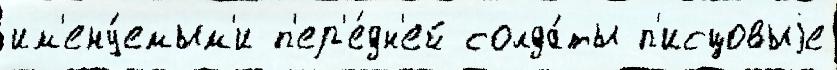
им'ену́емым'и п'ер'е́дн'ей солда́ты п'исцовыjе